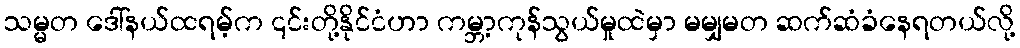
သမ္မတ ဒေါ်နယ်ထရမ့်က ၎င်းတို့နိုင်ငံဟာ ကမ္ဘာ့ကုန်သွယ်မှုထဲမှာ မမျှမတ ဆက်ဆံခံနေရတယ်လို့